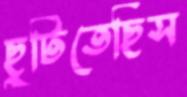
ছুটিতেছিস